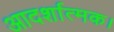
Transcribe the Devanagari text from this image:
आदर्शात्मक।